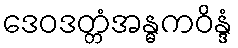
ဒေဝဒတ္တံအန္ဓကဝိန္ဒံ